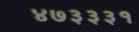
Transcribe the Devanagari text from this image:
४७३३३१